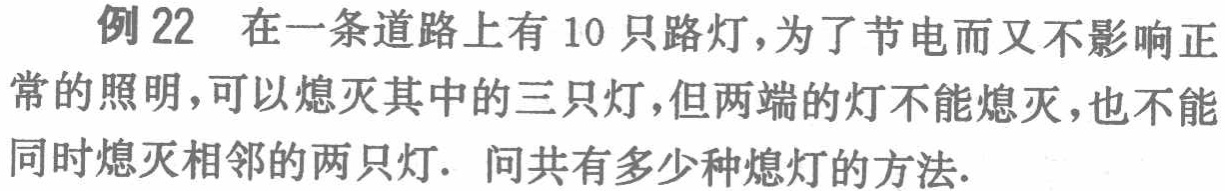
例 22 在一条道路上有 10 只路灯，为了节电而又不影响正常的照明，可以熄灭其中的三只灯，但两端的灯不能熄灭，也不能同时熄灭相邻的两只灯. 问共有多少种熄灯的方法.